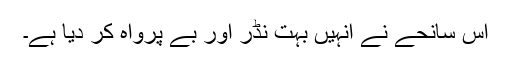
اس سانحے نے انہیں بہت نڈر اور بے پرواہ کر دیا ہے۔